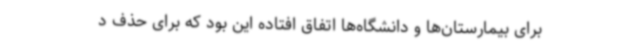
برای بیمارستان‌ها و دانشگاه‌ها اتفاق افتاده این بود که برای حذف د